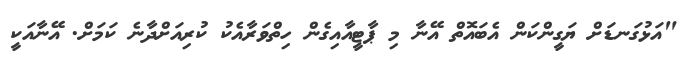
"އަޅުގަނޑަށް ޔަގީންކަން އެބައޮތް އޭނާ މި ޕާޓީއާއިގެން ހިތްވަރާއެކު ކުރިއަށްދާނެ ކަމަށް. އޭނާއަކީ